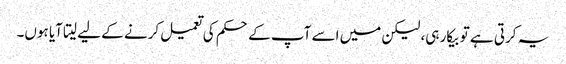
یہ کرتی ہے تو بیکار ہی، لیکن میں اسے آپ کے حکم کی تعمیل کرنے کے لیے لیتا آیا ہوں۔